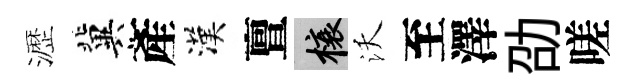
瀝冀產漢亶榱沃至澤劭嗟